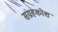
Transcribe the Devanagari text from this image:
संग्रहकोश